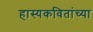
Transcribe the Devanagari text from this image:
हास्यकवितांच्या